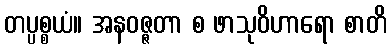
တပ္ပစ္စယံ။ အနဝဇ္ဇတာ စ ဖာသုဝိဟာရော စာတိ